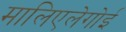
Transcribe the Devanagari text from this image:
मालिएलेगोई